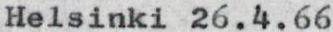
Helsinki 26.4.66